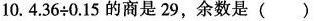
10.$$4 . 3 6 \div 0 . 1 5$$的商是29，余数是( )